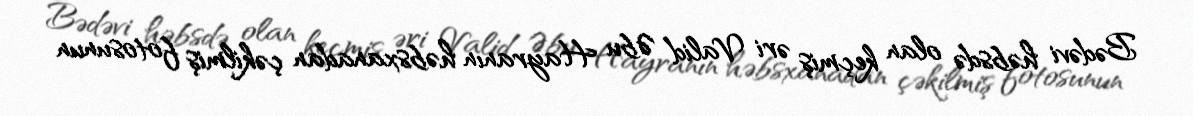
Bədəvi həbsdə olan keçmiş əri Valid Əbu Hayranın həbsxanadan çəkilmiş fotosunun